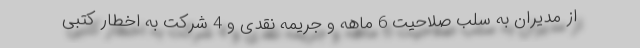
از مدیران به سلب صلاحیت 6 ماهه و جریمه نقدی و 4 شرکت به اخطار کتبی